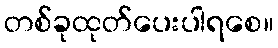
တစ်ခုထုတ်ပေးပါရစေ။